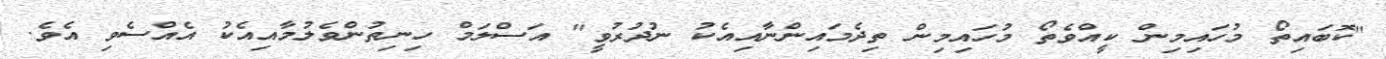
"ކޮބައިތޯ މުހައިމިން ކީއްވެތޯ މުހައިމިން ތިދެމައިންނާއިއެކު ނުދުރުވީ" އަސްލަމް ހިނިތުންވެލުމާއިއެކު އެއްސެވި އެވެ.